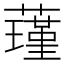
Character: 𮶸